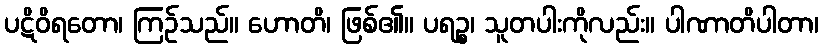
ပဋိဝိရတော၊ ကြဉ်သည်။ ဟောတိ၊ ဖြစ်၏။ ပရဉ္စ၊ သူတပါးကိုလည်း။ ပါဏာတိပါတာ၊